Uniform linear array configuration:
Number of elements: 8
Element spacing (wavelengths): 1
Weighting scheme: binomial
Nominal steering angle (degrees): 0
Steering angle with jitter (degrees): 0.2006
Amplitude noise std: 0.05
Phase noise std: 0.05

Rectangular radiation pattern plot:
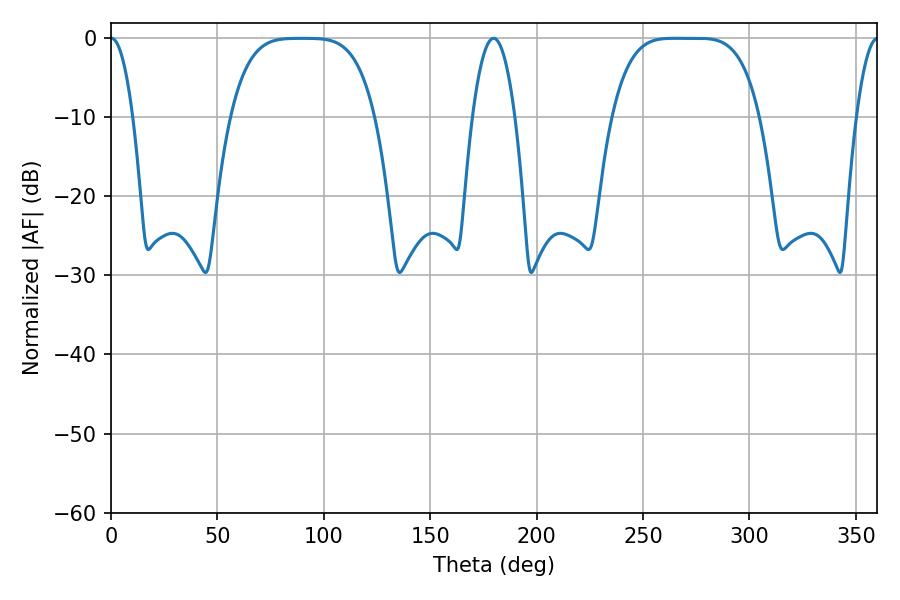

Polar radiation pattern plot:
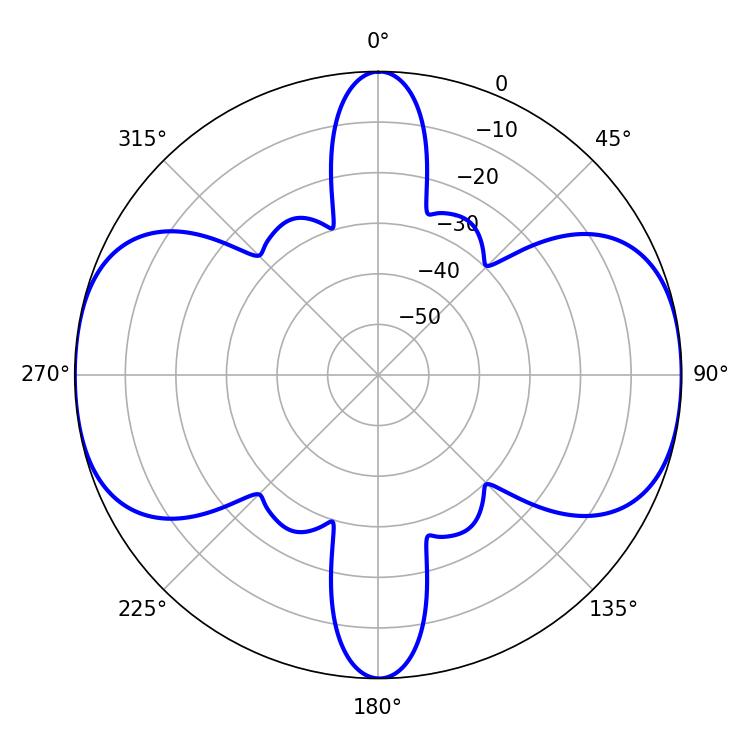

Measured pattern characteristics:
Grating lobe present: TRUE
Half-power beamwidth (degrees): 51.84
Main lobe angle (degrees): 264.96